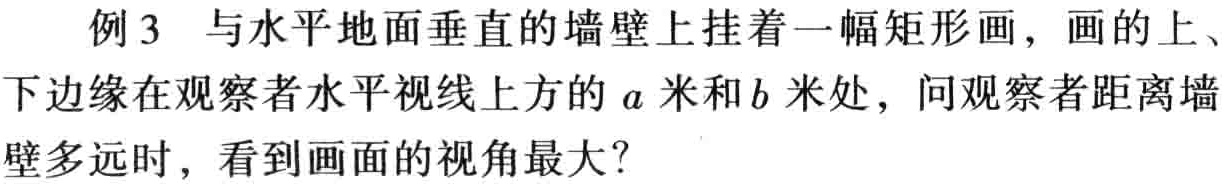
例3 与水平地面垂直的墙壁上挂着一幅矩形画，画的上、下边缘在观察者水平视线上方的\(a\)米和\(b\)米处，问观察者距离墙壁多远时，看到画面的视角最大？